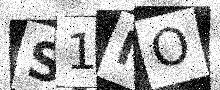
Text: S1MO